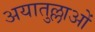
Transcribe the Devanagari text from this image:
अयातुल्लाओं